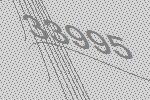
33995